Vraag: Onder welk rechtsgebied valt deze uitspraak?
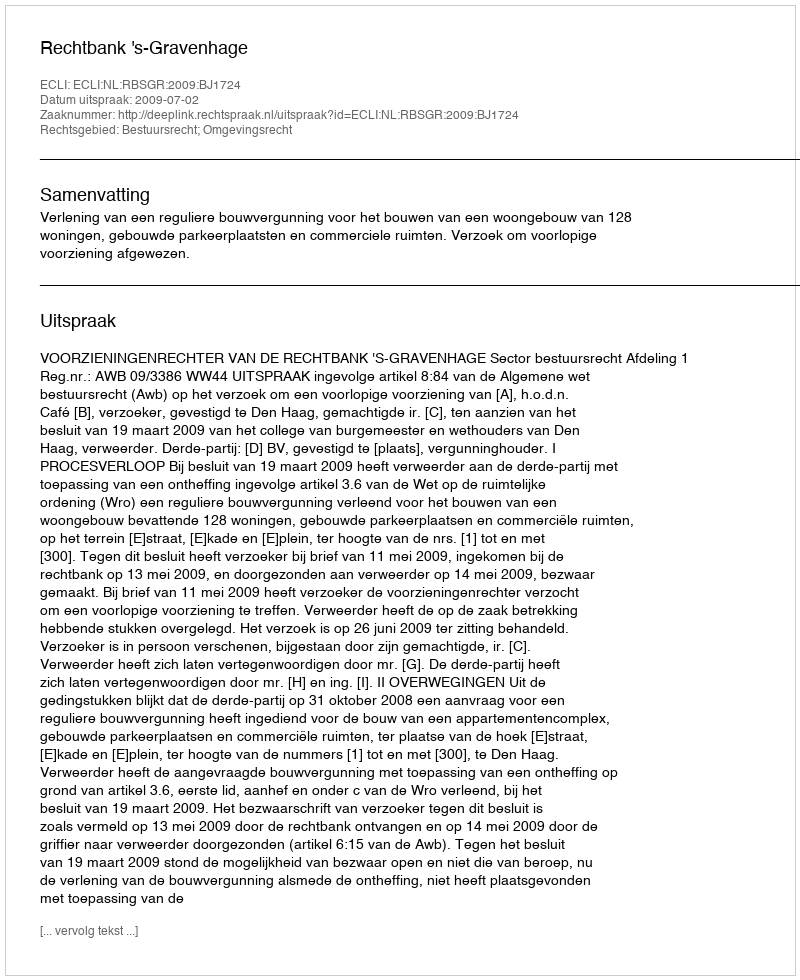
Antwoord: Bestuursrecht; Omgevingsrecht